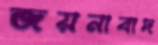
জয়নাবাদ